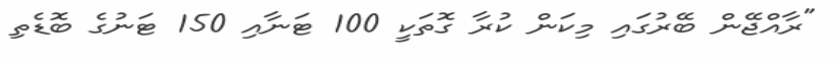
"ރާއްޖޭން ބޭރުގައި މިކަން ކުރާ ގޮތަކީ 100 ޓަނާއި 150 ޓަނުގެ ބޮޑެތި